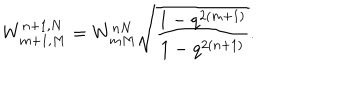
W _ { m + 1 , M } ^ { n + 1 , N } = W _ { m M } ^ { n N } \sqrt { \frac { 1 - q ^ { 2 ( m + 1 ) } } { 1 - q ^ { 2 ( n + 1 ) } } } .